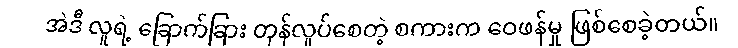
အဲဒီ လူရဲ့ ခြောက်ခြား တုန်လှုပ်စေတဲ့ စကားက ဝေဖန်မှု ဖြစ်စေခဲ့တယ်။